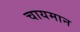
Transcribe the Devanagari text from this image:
चायमान